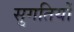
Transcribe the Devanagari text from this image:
सुगतियों